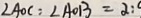
\angle A O C = \angle A O B = 2 :